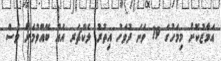
އަމާޒުކޮށް މިމަހުގެ 19 ވަނަ ދުވަހު އިތުރު ލެކްޗަރ އެއް ބޭއްވުމަށް ވެސް